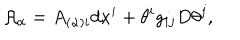
{ \cal A } _ { \alpha } = A _ { ( \alpha ) i } d x ^ { i } + \theta ^ { i } g _ { i j } D \theta ^ { j } ,